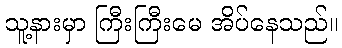
သူ့နားမှာ ကြီးကြီးမေ အိပ်နေသည်။